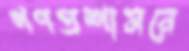
গণপ্রশাসনে